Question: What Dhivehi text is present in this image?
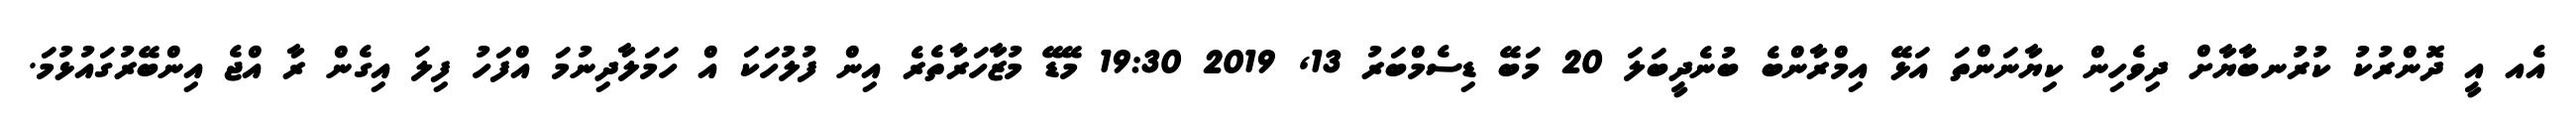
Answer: އެއ އީ ދޮންރުކު ކުރުނބާޔާށް ދިވެހިން ކިޔާނަންތަ އަޅޭ އިމްރާންބެ ބުނެދީބަލަ 20 މަބޭ ޑިސެމްބަރު 13, 2019 19:30 މޭޑޭ މުޒާހަރާތެރެ އިން ފުލުހަކަ އް ހަމަލާދިނުމަ އްފަހު ފިލަ އިގެން ރާ އްޖެ އިންބޭރުގައުޅުމަ.